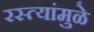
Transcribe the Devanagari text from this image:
रस्त्यांमुळे